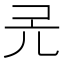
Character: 𠑻